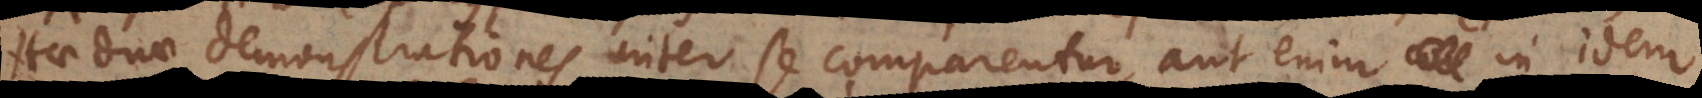
Hae duae demonstrationes inter se comparentur, aut enim in idem